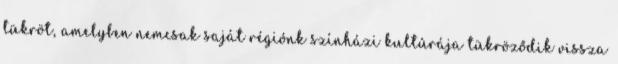
tükröt, amelyben nemcsak saját régiónk színházi kultúrája tükröződik vissza